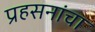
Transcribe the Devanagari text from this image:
प्रहसनांचा